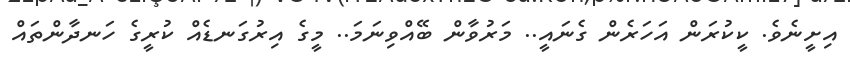
އިށީނެވެ. ކީކުރަން އަހަރެން ގެނައީ.. މަރުވާން ބޭއްވިނަމަ.. މީގެ އިރުގަނޑެއް ކުރީގެ ހަނދާންތައް